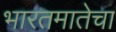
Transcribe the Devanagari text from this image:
भारतमातेचा